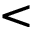
<